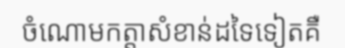
ចំណោមកត្តាសំខាន់ដទៃទៀតគឺ